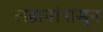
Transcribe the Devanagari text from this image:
लहानांपासुन